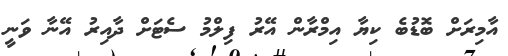
އާމިރަށް ބޮޑުބެ ކިޔާ އިމްރާން އޭރު ފިލްމު ސެޓަށް ދާއިރު އޭނާ ވަނީ